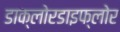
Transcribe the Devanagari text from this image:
डाक्लोरडाइफ्लोर